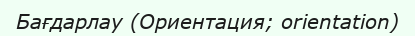
Бағдарлау (Ориентация; orientation)